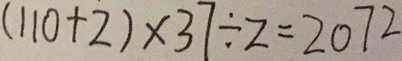
( 1 1 0 + 2 ) \times 3 7 \div 2 = 2 0 7 2